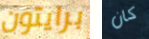
برايتون كان